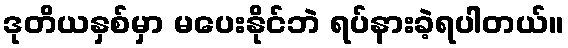
ဒုတိယနှစ်မှာ မပေးနိုင်ဘဲ ရပ်နားခဲ့ရပါတယ်။